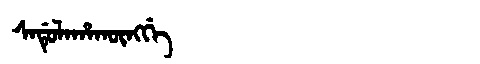
Manchu: ᠰᠠᡩᡠᠯᠠᡥᠠᡴᡡᠩᡤᡝ
Romanization: SADULAHAKŪNGGE